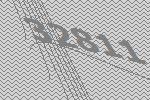
32811